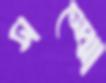
সম্‌ঝো